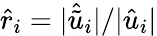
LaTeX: \hat{r}_{i}=|\hat{\tilde{u}}_{i}|/|\hat{u}_{i}|